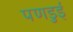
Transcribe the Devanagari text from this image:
पणडुई